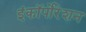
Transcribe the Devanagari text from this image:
इंकॉर्पोरेशन